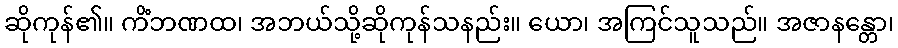
ဆိုကုန်၏။ ကိံဘဏထ၊ အဘယ်သို့ဆိုကုန်သနည်း။ ယော၊ အကြင်သူသည်။ အဇာနန္တော၊